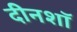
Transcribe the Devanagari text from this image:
दीनशॉ